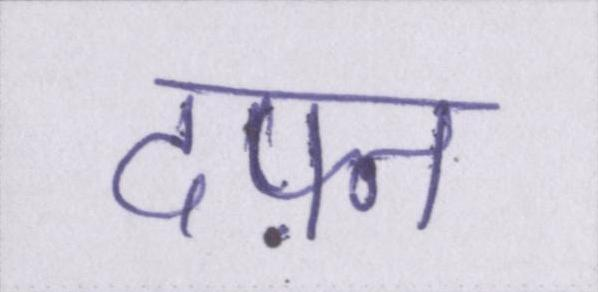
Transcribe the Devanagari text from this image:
दफ़्न